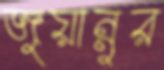
জুয়ান্নুর